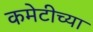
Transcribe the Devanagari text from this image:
कमेटीच्या